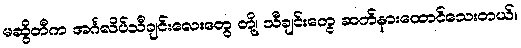
မဆွိတီက အင်္ဂလိပ်သီချင်းလေးတွေ တို့၊ သီချင်းတွေ ဆက်နားထောင်သေးတယ်။